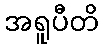
အရူပီတိ